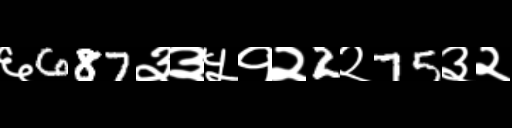
Text: ६687३३५१२2२75३२